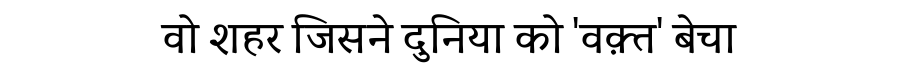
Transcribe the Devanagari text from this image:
वो शहर जिसने दुनिया को 'वक़्त' बेचा